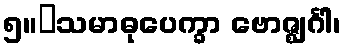
၅။	သမာဓုပေက္ခာ ဗောဇ္ဈင်္ဂါ၊